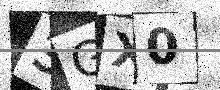
Text: 3GX0